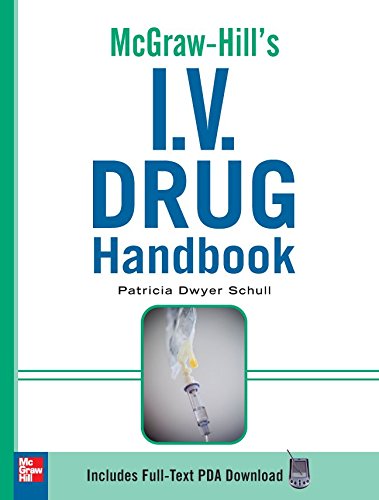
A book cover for McGraw-Hill's I.V. Drug Handbook (McGraw-Hill Handbooks); Patricia Schull; Medical Books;